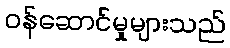
ဝန်ဆောင်မှုများသည်